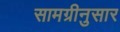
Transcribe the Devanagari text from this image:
सामग्रीनुसार